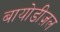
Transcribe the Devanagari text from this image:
बायोडीज़ल